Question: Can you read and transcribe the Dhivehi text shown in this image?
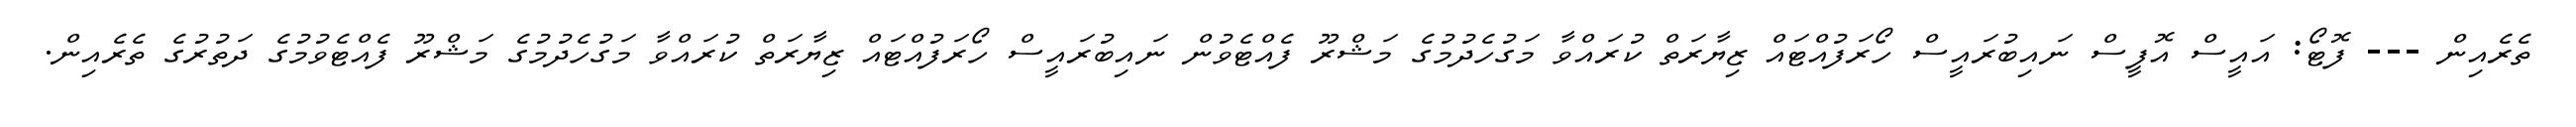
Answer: ތެރެއިން --- ފޮޓޯ: އައީސް އޮފީސް ނައިބުރައީސް ހޯރަފުއްޓައް ޒިޔާރަތް ކުރައްވާ މަގުހެދުމުގެ މަޝްރޫ ފެއްޓެވުން ނައިބުރައީސް ހޯރަފުއްޓައް ޒިޔާރަތް ކުރައްވާ މަގުހެދުމުގެ މަޝްރޫ ފެއްޓެވުމުގެ ދަތުރުގެ ތެރެއިން.